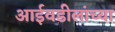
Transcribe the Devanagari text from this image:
आईवडीलांच्या